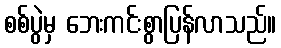
စစ်ပွဲမှ ဘေးကင်းစွာပြန်လာသည်။